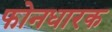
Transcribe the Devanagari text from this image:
फोनधारक